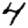
Digit: 4